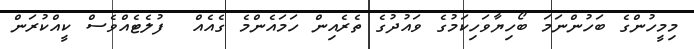
މިމީހުންގެ ބަހުންނަމަ ބޯހިޔާވަހިކަމުގެ ވައުދުގެ ތެރެއިން ހަމައެންމެ ގެއެއް  ފުލެޓެއްވެސް ކީއްކުރަން